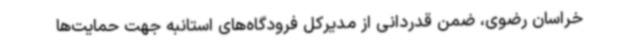
خراسان رضوی، ضمن قدردانی از مدیرکل فرودگاه‌های استانبه جهت حمایت‌ها